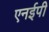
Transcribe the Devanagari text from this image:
एनईपी